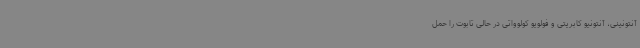
آنتونینی، آنتونیو کابریتی و فولویو کولوواتی در حالی تابوت را حمل